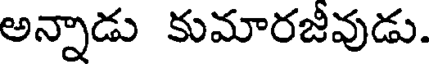
అన్నాడు కుమారజీవుడు.